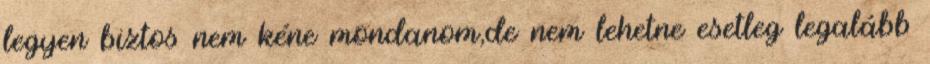
legyen biztos nem kéne mondanom,de nem lehetne esetleg legalább